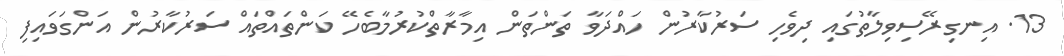
13. އިނގިރޭސިވިލާތުގައި ދިވެހި ސަރުކާރުން ހައްދަވާ ތަންތަން އިމާރާތްކުރުމާބެހޭ ކަންތައްތައް ސަރުކާރުން އަންގަވައިފި